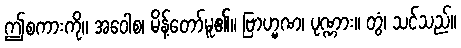
ဤစကားကို။ အဝေါစ၊ မိန့်တော်မူ၏။ ဗြာဟ္မဏ၊ ပုဏ္ဏား။ တွံ၊ သင်သည်။